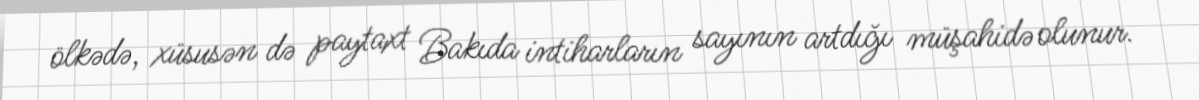
ölkədə, xüsusən də paytaxt Bakıda intiharların sayının artdığı müşahidə olunur.